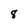
Character: 8